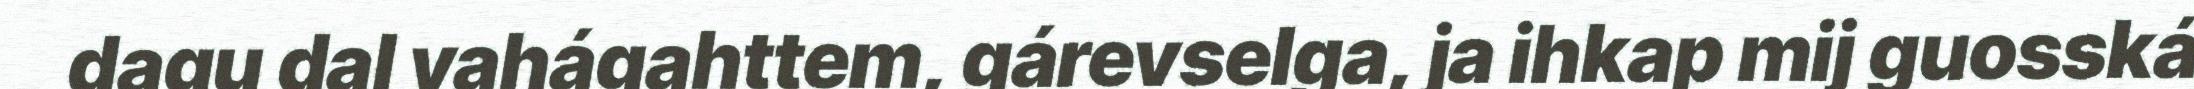
dagu dal vahágahttem, gárevselga, ja ihkap mij guosská